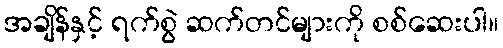
အချိန်နှင့် ရက်စွဲ ဆက်တင်များကို စစ်ဆေးပါ။